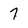
Character: 7